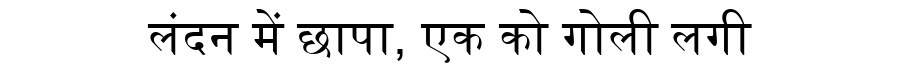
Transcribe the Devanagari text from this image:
लंदन में छापा, एक को गोली लगी